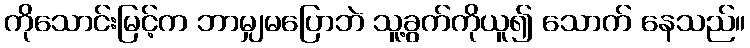
ကိုသောင်းမြင့်က ဘာမျှမပြောဘဲ သူ့ခွက်ကိုယူ၍ သောက် နေသည်။